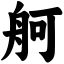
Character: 舸